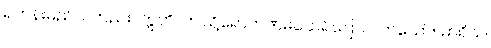
ရဟန်းမည်သတည်း။ ဣတိ၊ ဤသို့ရောဟဏမထေရ်ပြောလတ်သော်။ မာရိသ၊